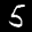
Label: 5